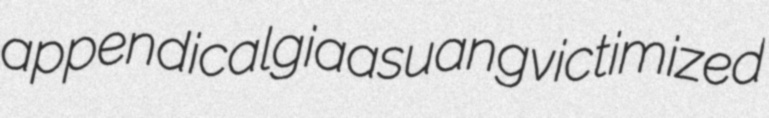
appendicalgia asuang victimized